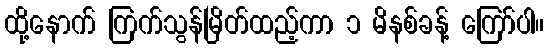
ထို့နောက် ကြက်သွန်မြိတ်ထည့်ကာ ၁ မိနစ်ခန့် ကြော်ပါ။